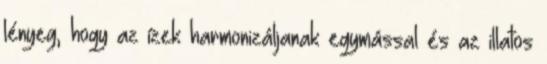
lényeg, hogy az ízek harmonizáljanak egymással és az illatos